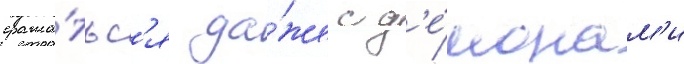
сража́тьс'я да́же с д'е́монам'и